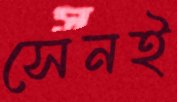
সেনই